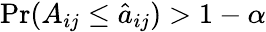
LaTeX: \mathrm{Pr}(A_{ij}\leq\hat{a}_{ij})>1-\alpha